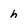
Character: h